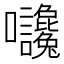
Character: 𡆙